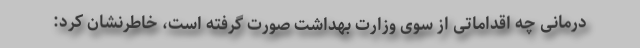
درمانی چه اقداماتی از سوی وزارت بهداشت صورت گرفته است، خاطرنشان کرد: